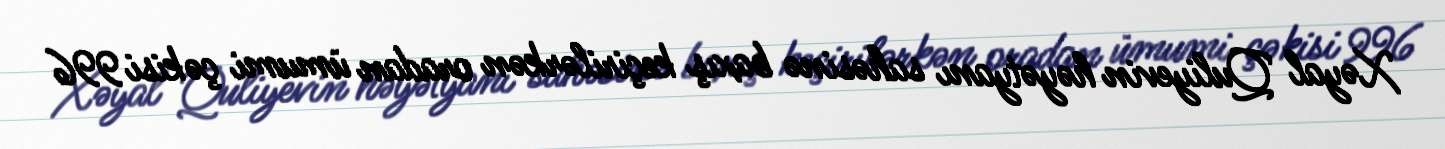
Xəyal Quliyevin həyətyanı sahəsinə baxış keçirilərkən oradan ümumi çəkisi 996